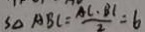
S _ { \Delta A B C } = \frac { A C \cdot B l } { 2 } = 6